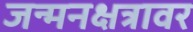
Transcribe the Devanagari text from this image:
जन्मनक्षत्रावर